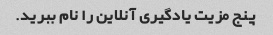
پنج مزیت یادگیری آنلاین را نام ببرید.